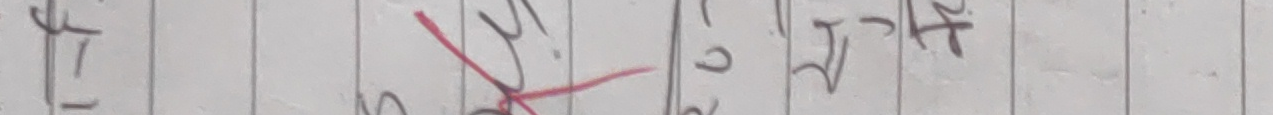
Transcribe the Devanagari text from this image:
पु उ २ ५